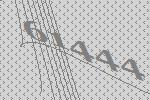
61444